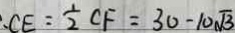
C E = \frac { 1 } { 2 } C F = 3 0 - 1 0 \sqrt { 3 }